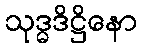
သုဒ္ဓဒိဋ္ဌိနော